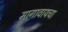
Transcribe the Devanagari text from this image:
मागावायचा